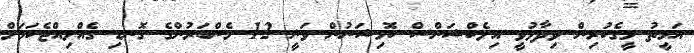
އަމީތު މީގެކުރިން ވިދާޅުވީ އިލެކްޝަންސް ކޮމިޝަނުން ވަނީ 12 މެންބަރުންގެ ގޮނޑި ގެއްލިއްޖެކަމަށް